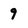
Character: 9